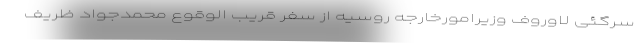
سرگئی لاوروف وزیرامورخارجه روسیه از سفر قریب الوقوع محمدجواد ظریف